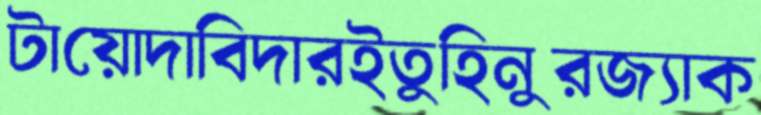
টায়োদাবিদারইতুহিনুরজ্যাক